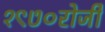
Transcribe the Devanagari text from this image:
१९७०रोजीे